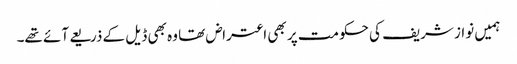
ہمیں نواز شریف کی حکومت پر بھی اعتراض تھا وہ بھی ڈیل کے ذریعے آئے تھے۔